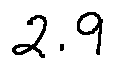
2 . 9